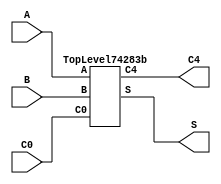
/****************************************************************************
 *                                                                          *
 *  VERILOG BEHAVIORAL DESCRIPTION OF THE TI 74283 CIRCUIT                  *
 *                                                                          *
 *  Function: Four-bit Fast Adder                                           *
 *                                                                          *
 *  Written by: Mark C. Hansen                                              *
 *                                                                          *
 *                                                                          *
 ****************************************************************************/

module Circuit74283b (C0, A, B, S, C4);

  input[3:0]    A, B;
  input	        C0;

  output[3:0]   S;
  output        C4;
	
  TopLevel74283b Ckt74283b (C0, A, B, S, C4);

endmodule /* Circuit74283b */

/*************************************************************************/

module TopLevel74283b (C0, A, B, S, C4);

  input[3:0]    A, B;
  input	        C0;
  output[3:0]   S;
  output        C4;
  wire[4:0]     CS;

  assign CS = A + B + C0;
  assign S = CS[3:0];
  assign C4 = CS[4];

endmodule /* TopLevel74182b */